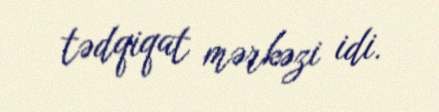
tədqiqat mərkəzi idi.